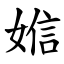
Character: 㜃